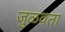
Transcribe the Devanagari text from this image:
जुळवता